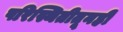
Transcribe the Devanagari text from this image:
परिस्थितीतूनही